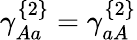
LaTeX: \gamma_{Aa}^{\{ 2\} }=\gamma_{aA}^{\{ 2\} }